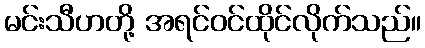
မင်းသီဟတို့ အရင်ဝင်ထိုင်လိုက်သည်။